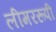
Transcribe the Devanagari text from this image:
लीमररूपी